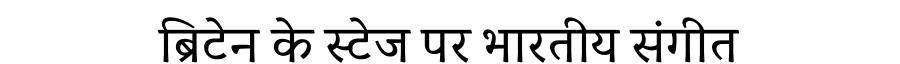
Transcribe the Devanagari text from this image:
ब्रिटेन के स्टेज पर भारतीय संगीत